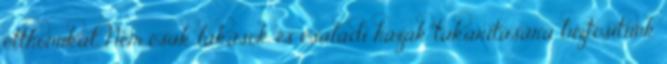
otthonukat. Nem csak lakások és családi házak takarítására biztosítunk